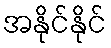
အနိုင်နိုင်